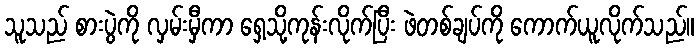
သူသည် စားပွဲကို လှမ်းမှီကာ ရှေ့သို့ကုန်းလိုက်ပြီး ဖဲတစ်ချပ်ကို ကောက်ယူလိုက်သည်။